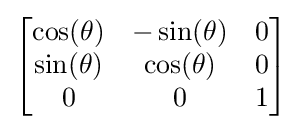
{\begin{bmatrix}\cos(\theta )&-\sin(\theta )&0\\\sin(\theta )&\cos(\theta )&0\\0&0&1\end{bmatrix}}